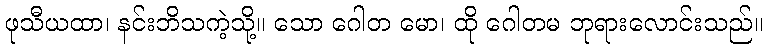
ဖုသီယထာ၊ နင်းဘိသကဲ့သို့။ သော ဂေါတ မော၊ ထို ဂေါတမ ဘုရားလောင်းသည်။